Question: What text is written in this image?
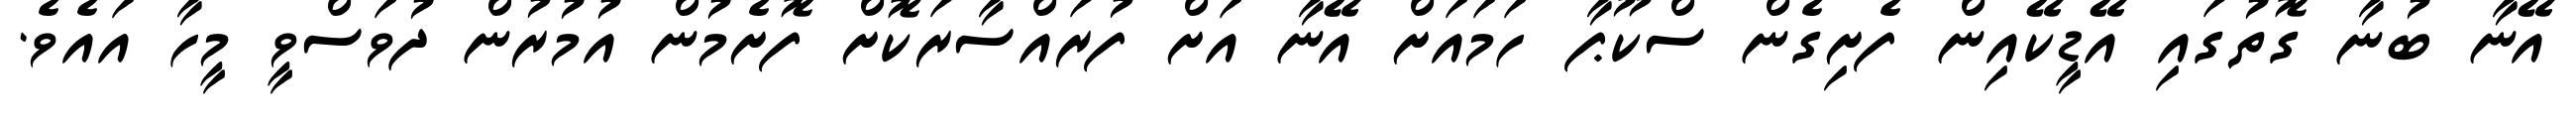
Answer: އޭނާ ބުނާ ގޮތުގައި އޭޑީކޭއިން ފެށިގެން ސްކޫޕާ ހަމައަށް އޭނާ އަށް ފުރައްސާރަކޮށް ފޮށެމުން އުމުރުން ދުވަސްވީ މީހާ އައެވެ.